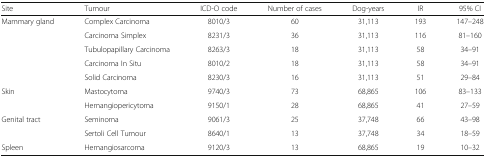
| Site | Tumour | ICD-O code | Number of cases | Dog-years | IR | 95% CI |
 | --- | --- | --- | --- | --- | --- | --- |
 | <ROWSPAN=5> Mammary gland | Complex Carcinoma | 8010/3 | 60 | 31,113 | 193 | 147–248 |
 | Carcinoma Simplex | 8231/3 | 36 | 31,113 | 116 | 81–160 |
 | Tubulopapillary Carcinoma | 8263/3 | 18 | 31,113 | 58 | 34–91 |
 | Carcinoma In Situ | 8010/2 | 18 | 31,113 | 58 | 34–91 |
 | Solid Carcinoma | 8230/3 | 16 | 31,113 | 51 | 29–84 |
 | <ROWSPAN=2> Skin | Mastocytoma | 9740/3 | 73 | 68,865 | 106 | 83–133 |
 | Hemangiopericytoma | 9150/1 | 28 | 68,865 | 41 | 27–59 |
 | <ROWSPAN=2> Genital tract | Seminoma | 9061/3 | 25 | 37,748 | 66 | 43–98 |
 | Sertoli Cell Tumour | 8640/1 | 13 | 37,748 | 34 | 18–59 |
 | Spleen | Hemangiosarcoma | 9120/3 | 13 | 68,865 | 19 | 10–32 |